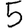
Digit: 5